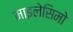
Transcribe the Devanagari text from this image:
माइलेसिमो